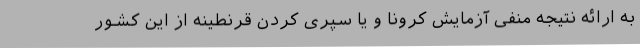
به ارائه نتیجه منفی آزمایش کرونا و یا سپری کردن قرنطینه از این کشور